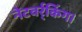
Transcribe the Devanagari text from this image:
नेटवर्र्किंग।